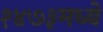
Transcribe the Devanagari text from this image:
१४७३मध्ये